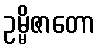
ဥမ္မိဇာတော